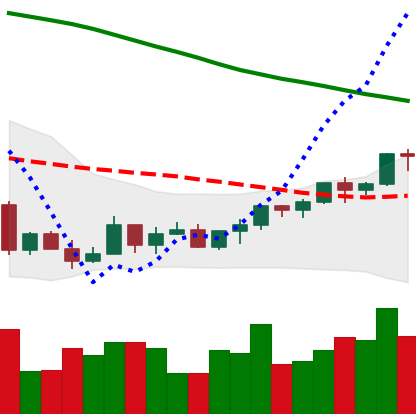
Ticker: LTC-USD
Chart end date: 2022-03-23
Forward return: 4.461%
Label: up_3_5